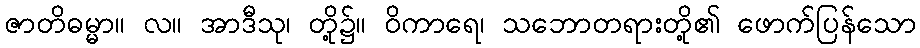
ဇာတိဓမ္မာ။ လ။ အာဒီသု၊ တို့၌။ ဝိကာရေ၊ သဘောတရားတို့၏ ဖောက်ပြန်သော